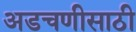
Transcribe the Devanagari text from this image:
अडचणीसाठी